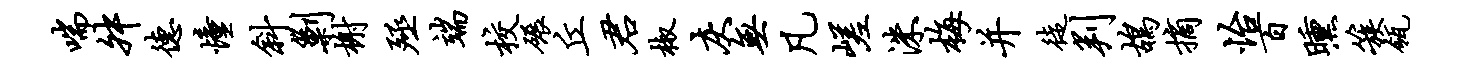
喘舛德憧斜剿榭殛端校碾丘君椒灰无凡嵯洙梅并徒判鸪摘怡百曛簇瓴